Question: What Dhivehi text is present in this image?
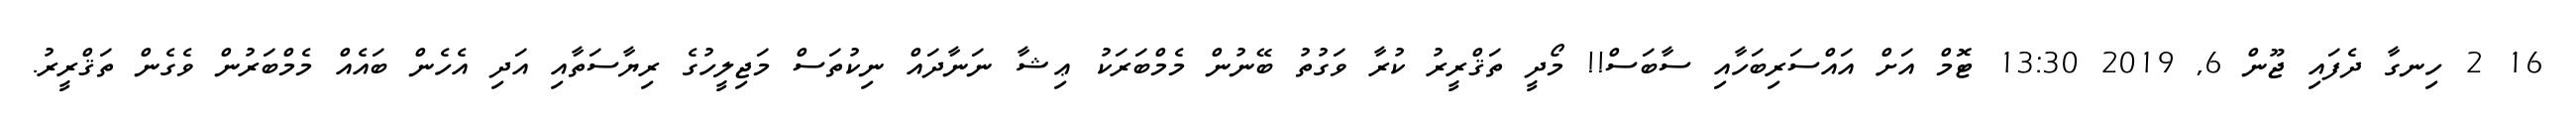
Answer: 16 2 ހިނގާ ދެފައި ޖޫން 6, 2019 13:30 ޓޮމް އަށް އައްސަރިބަހާއި ސާބަސް!! މޯދީ ތަޤްރީރު ކުރާ ވަގުތު ބޭނުން މެމްބަރަކު ޢިޝާ ނަނާދައް ނިކުތަސް މަޖިލީހުގެ ރިޔާސަތާއި އަދި އެހެން ބައެއް މެމްބަރުން ވެގެން ތަޤްރީރު.